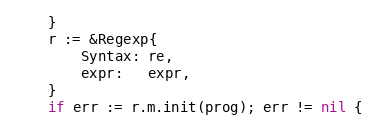
Language: Go
	}
	r := &Regexp{
		Syntax: re,
		expr:   expr,
	}
	if err := r.m.init(prog); err != nil {